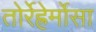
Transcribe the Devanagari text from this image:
तोर्रेह्रेर्मोसा